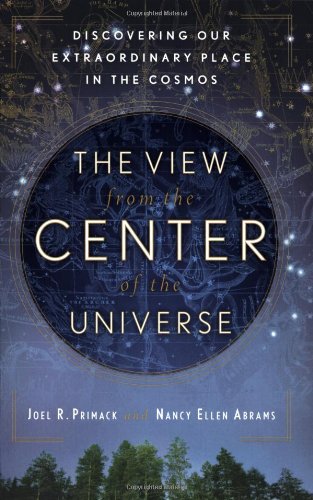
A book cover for The View From the Center of the Universe: Discovering Our Extraordinary Place in the Cosmos; Joel R. Primack; Science & Math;